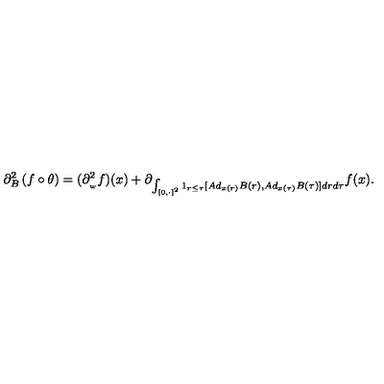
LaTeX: \partial _ { B } ^ { 2 } \left( f \circ \theta \right) = ( \partial _ { _ { w } } ^ { 2 } f ) ( x ) + \partial _ { \int _ { \lbrack 0 , \cdot ] ^ { 2 } } 1 _ { r \leq \tau } [ A d _ { x ( r ) } B ( r ) , A d _ { x ( \tau ) } B ( \tau ) ] d r d \tau } f ( x ) .